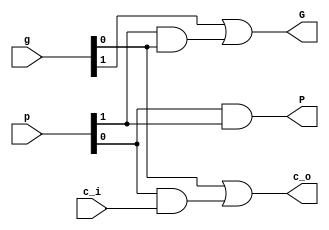
`timescale 1ns/1ps


module GP
(
  input [1:0] g,
  input [1:0] p,
  input c_i,
  output G,
  output P,
  output c_o
);

  assign G = g[1] | (p[1] & g[0]);
  assign P = p[0] & p[1];
  

  assign c_o = g[0] | (p[0] & c_i);

    
endmodule